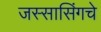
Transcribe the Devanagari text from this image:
जस्सासिंगचे